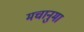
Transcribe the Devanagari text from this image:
मचानुमा